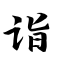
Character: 诣